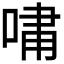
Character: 𫪯